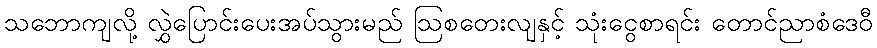
သဘောကျလို့ လွှဲပြောင်းပေးအပ်သွားမည် ဩစတေးလျနှင့် သုံးငွေစာရင်း တောင်ညာစံဒေဝီ